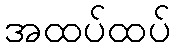
အထပ်ထပ်